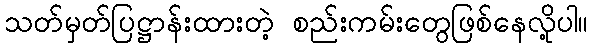
သတ်မှတ်ပြဋ္ဌာန်းထားတဲ့ စည်းကမ်းတွေဖြစ်နေလို့ပါ။